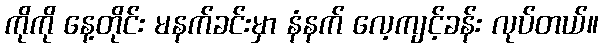
ကိုကို နေ့တိုင်း မနက်ခင်းမှာ နံနက် လေ့ကျင့်ခန်း လုပ်တယ်။